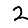
Digit: 2